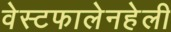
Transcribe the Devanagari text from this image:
वेस्टफालेनहेली